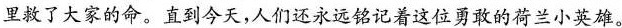
里救了大家的命。直到今天，人们还永远铭记着这位勇敢的荷兰小英雄。